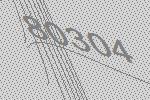
80304